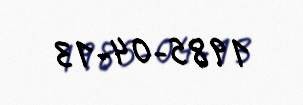
1985-04-13